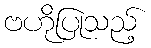
ဗဟိုပြုသည့်